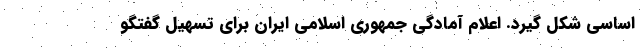
اساسی شکل گیرد. اعلام آمادگی جمهوری اسلامی ایران برای تسهیل گفتگو